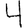
Digit: 4